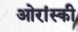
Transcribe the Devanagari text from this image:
ओरांस्की